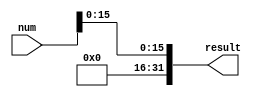
module extend16BitUnsigned(num, result);
input [31:0] num;
output [31:0] result;
and(result[0], num[0], 1'b1);
and(result[1], num[1], 1'b1);
and(result[2], num[2], 1'b1);
and(result[3], num[3], 1'b1);
and(result[4], num[4], 1'b1);
and(result[5], num[5], 1'b1);
and(result[6], num[6], 1'b1);
and(result[7], num[7], 1'b1);
and(result[8], num[8], 1'b1);
and(result[9], num[9], 1'b1);
and(result[10], num[10], 1'b1);
and(result[11], num[11], 1'b1);
and(result[12], num[12], 1'b1);
and(result[13], num[13], 1'b1);
and(result[14], num[14], 1'b1);
and(result[15], num[15], 1'b1);
and(result[16], 1'b0, 1'b1);
and(result[17], 1'b0, 1'b1);
and(result[18], 1'b0, 1'b1);
and(result[19], 1'b0, 1'b1);
and(result[20], 1'b0, 1'b1);
and(result[21], 1'b0, 1'b1);
and(result[22], 1'b0, 1'b1);
and(result[23], 1'b0, 1'b1);
and(result[24], 1'b0, 1'b1);
and(result[25], 1'b0, 1'b1);
and(result[26], 1'b0, 1'b1);
and(result[27], 1'b0, 1'b1);
and(result[28], 1'b0, 1'b1);
and(result[29], 1'b0, 1'b1);
and(result[30], 1'b0, 1'b1);
and(result[31], 1'b0, 1'b1);
endmodule